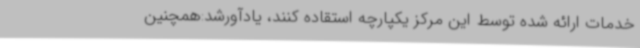
خدمات ارائه شده توسط این مرکز یکپارچه استقاده کنند، یادآورشد:همچنین